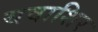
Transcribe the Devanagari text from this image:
यवाशिर